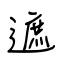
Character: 遮